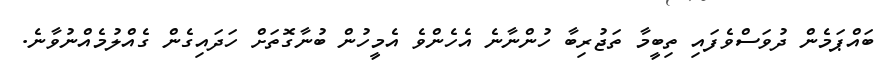
ބައްޕަމެން ދުވަސްވެފައި ތިބީމާ ތަޖުރިބާ ހުންނާނެ އެހެންވެ އެމީހުން ބުނާގޮތަށް ހަދައިގެން ގެއްލުމެއްނުވާނެ.